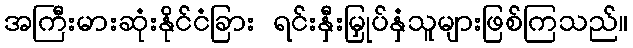
အကြီးမားဆုံးနိုင်ငံခြား ရင်းနှီးမြှုပ်နှံသူများဖြစ်ကြသည်။